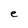
Character: e